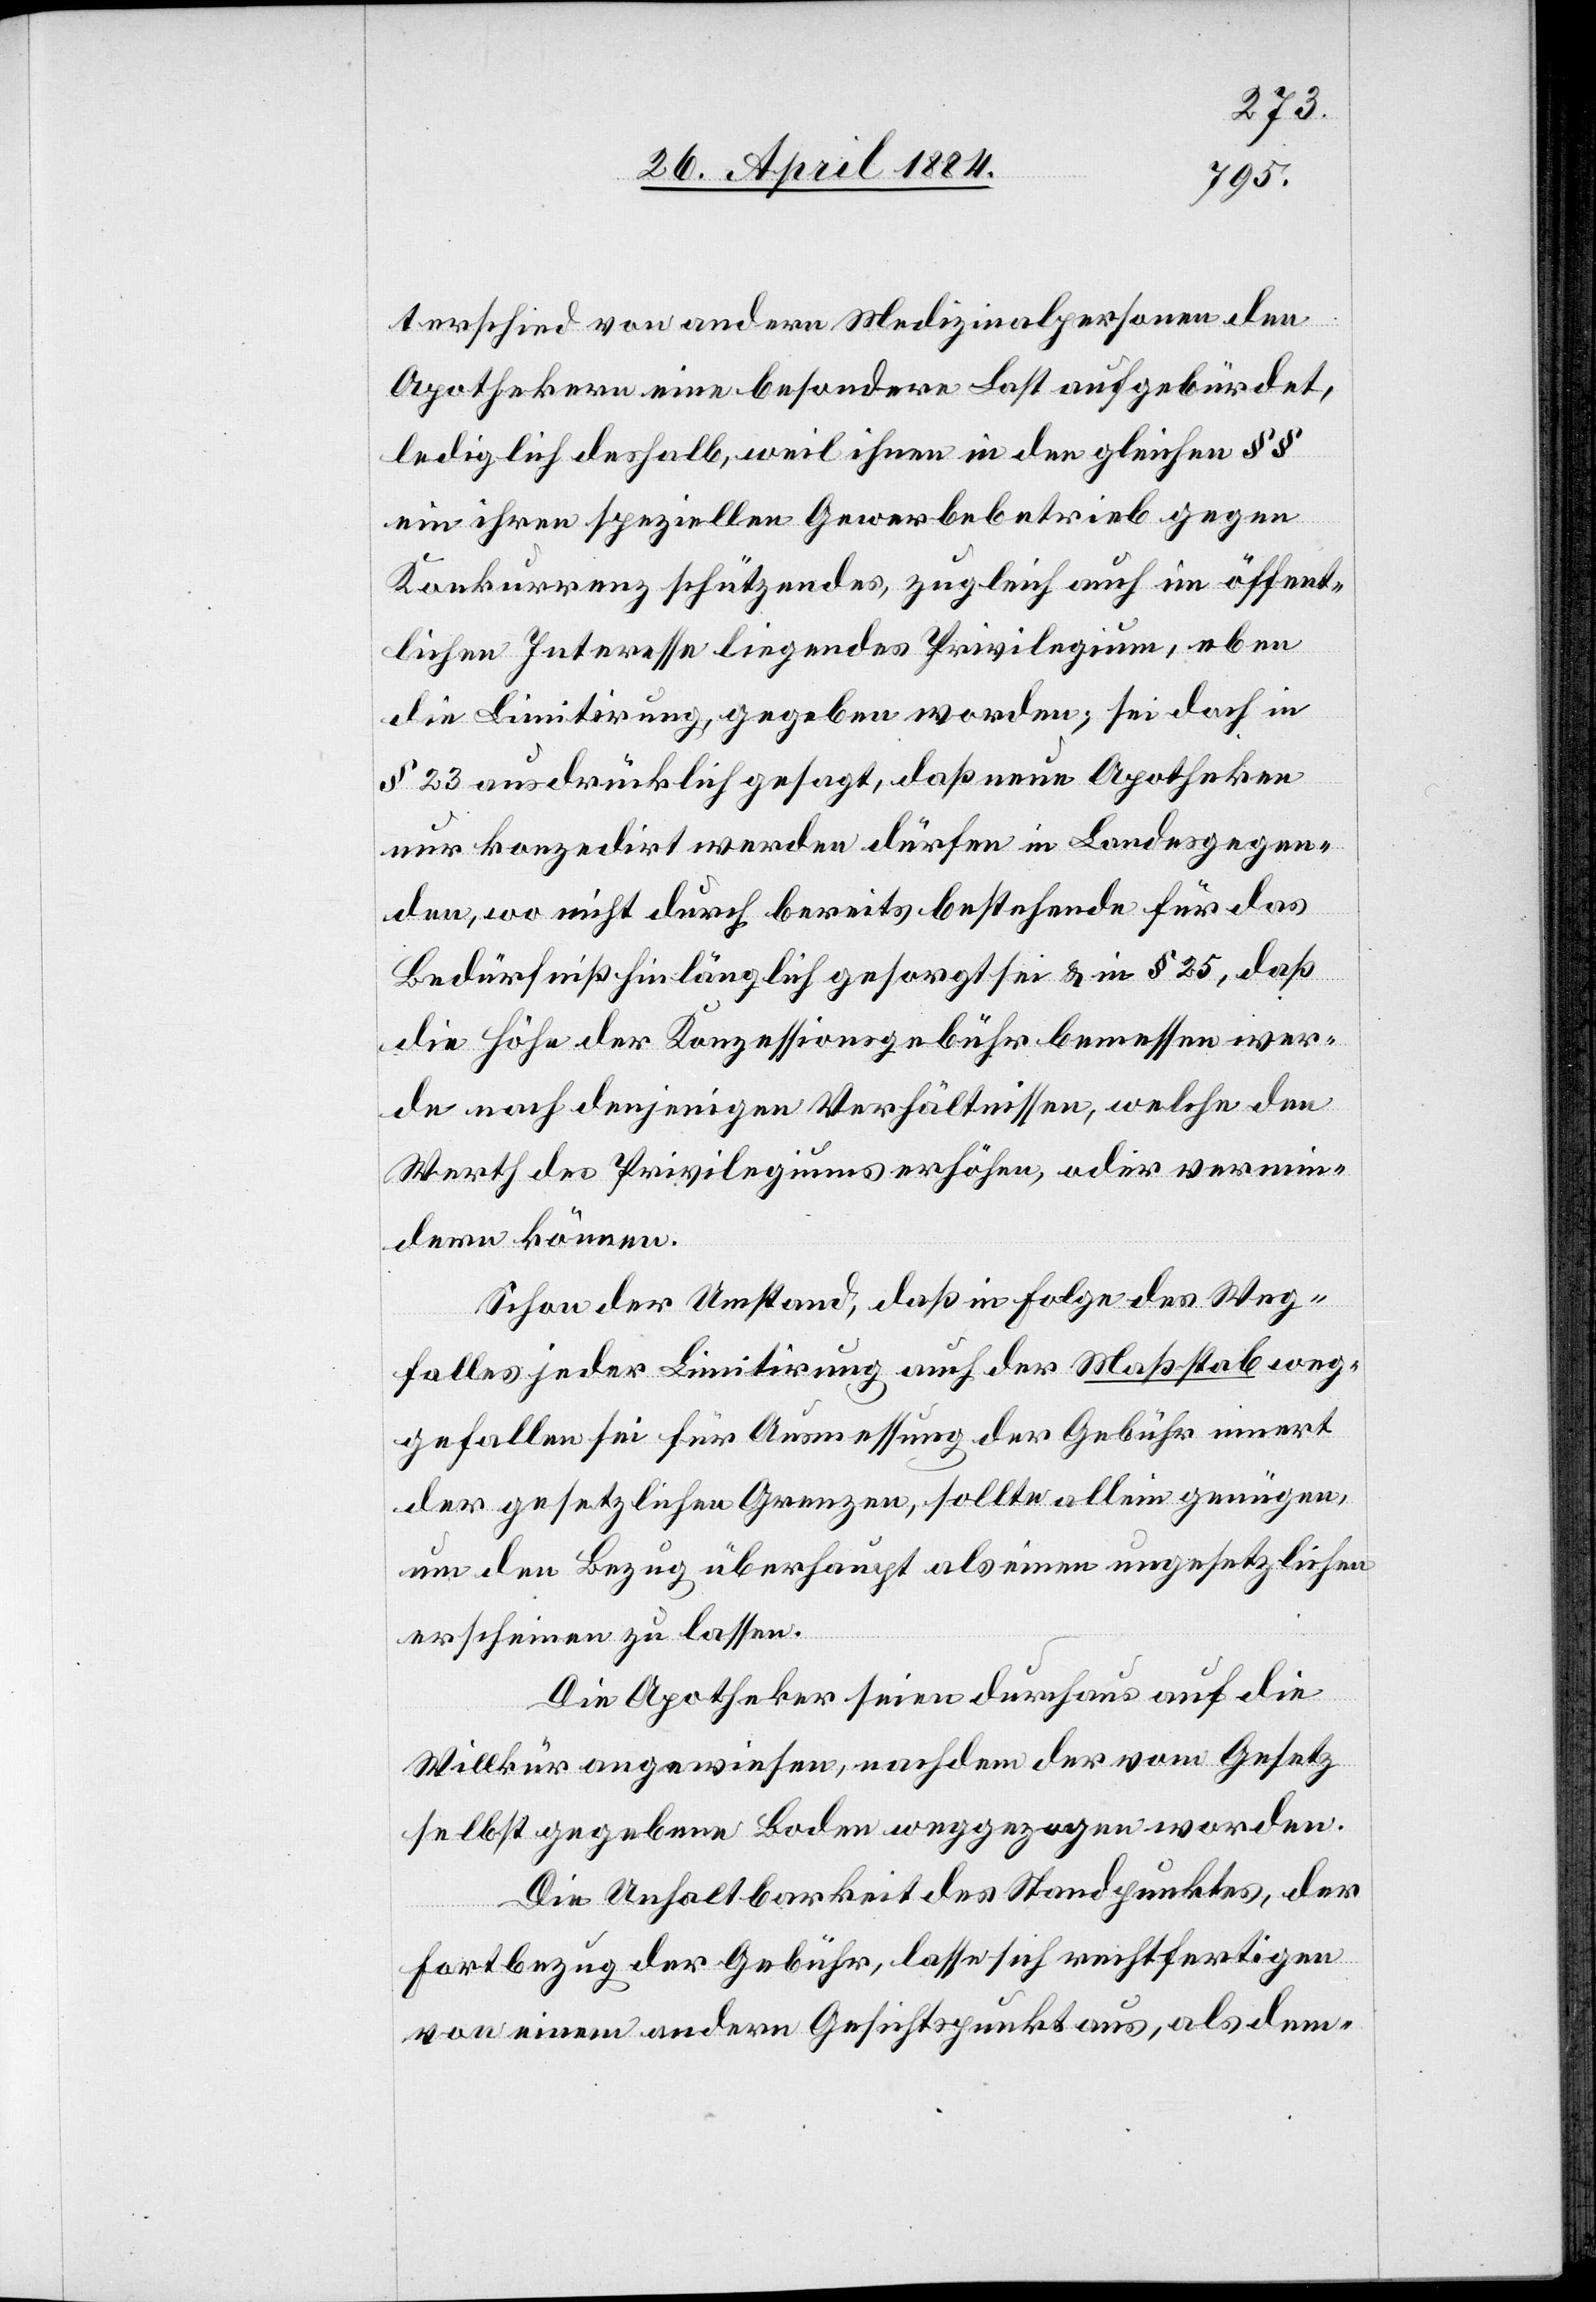
terschied von andern Medizinalpersonen den
Apothekern eine besondere Last aufgebürdet,
lediglich deshalb, weil ihnen in den gleichen §§
ein ihren speziellen Gewerbebetrieb gegen
Konkurrenz schützendes, zugleich auch im öffent¬
lichen Interesse liegendes Privilegium, eben
die Limitirung gegeben worden; sei doch in
§ 23 ausdrücklich gesagt, daß neue Apotheken
nur konzedirt werden dürfen in Landesgegen¬
den, wo nicht durch bereits bestehende für das
Bedürfniß hinlänglich gesorgt sei & in § 25, daß
die Höhe der Konzessionsgebühr bemessen wer¬
de nach denjenigen Verhältnissen, welche den
Werth des Privilegiums erhöhen, oder vermin¬
dern können.
Schon der Umstand, daß in Folge des Weg¬
falles jeder Limitirung auch der Maßstab weg¬
gefallen sei für Ausmessung der Gebühr innert
der gesetzlichen Grenzen, sollte allein genügen,
um den Bezug überhaupt als einen ungesetzlichen
erscheinen zu lassen.
Die Apotheker seien durchaus auf die
Willkür angewiesen, nachdem der vom Gesetz
selbst gegebene Boden wegezogen worden.
Die Unhaltbarkeit des Standpunktes, der
Fortbezug der Gebühr, lasse sich rechtfertigen
von einem andern Gesichtspunkt aus, als dem-